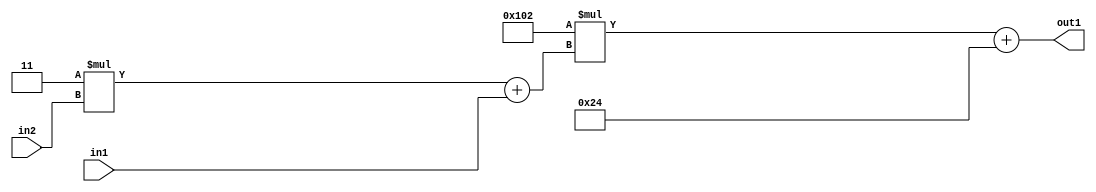
`timescale 1ps / 1ps
/*****************************************************************************
    Verilog RTL Description
    
    
    Created by: Stratus DpOpt 2019.1.01 
*******************************************************************************/

module DC_Filter_Add2i36Mul2i258Add2u1Mul2i3u2_1 (
	in2,
	in1,
	out1
	); /* architecture "behavioural" */ 
input [1:0] in2;
input  in1;
output [11:0] out1;
wire [11:0] asc001;
wire [3:0] asc002;

wire [3:0] asc002_tmp_0;
assign asc002_tmp_0 = 
	+(4'B0011 * in2);
assign asc002 = asc002_tmp_0
	+(in1);

wire [11:0] asc001_tmp_1;
assign asc001_tmp_1 = 
	+(12'B000100000010 * asc002);
assign asc001 = asc001_tmp_1
	+(12'B000000100100);

assign out1 = asc001;
endmodule

/* CADENCE  v7b0SAg= : u9/ySgnWtBlWxVPRXgAZ4Og= ** DO NOT EDIT THIS LINE ******/